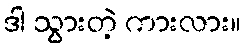
ဒါ သွားတဲ့ ကားလား။